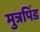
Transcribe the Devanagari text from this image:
मुत्रपिंड